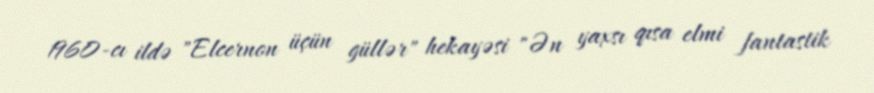
1960-cı ildə "Elcernon üçün güllər" hekayəsi "Ən yaxsı qısa elmi fantastik